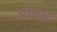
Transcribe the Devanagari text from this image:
औयल